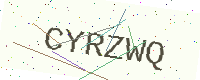
Text: CYRZWQ